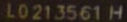
l0213561 H